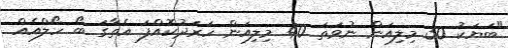
"ބަޔަކު 30 މިލިއަން ނުވަތަ 40 މިލިއަން ހަރަދުކޮއްފަ އެތާގަ ބޯ ހޯލްއެއް